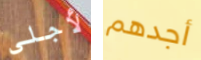
لأجلي أجدهم